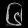
Digit: ၆